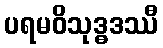
ပရမဝိသုဒ္ဓဒဿီ